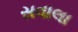
સવાલા